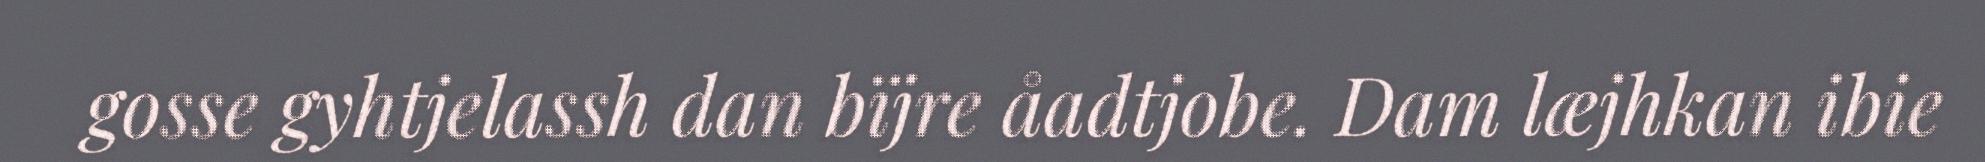
gosse gyhtjelassh dan bïjre åadtjobe. Dam læjhkan ibie